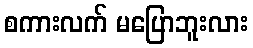
စကားလက် မပြောဘူးလား